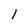
Character: l